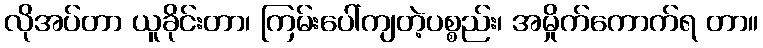
လိုအပ်တာ ယူခိုင်းတာ၊ ကြမ်းပေါ်ကျတဲ့ပစ္စည်း၊ အမှိုက်ကောက်ရ တာ။